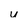
Character: u